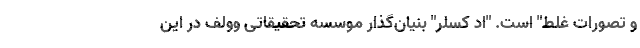
و تصورات غلط" است. "اد کسلر" بنیان‌گذار موسسه تحقیقاتی وولف در این